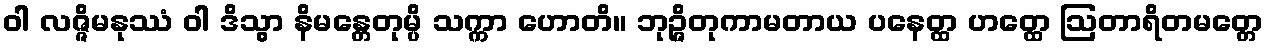
ဝါ လဇ္ဇိမနုဿံ ဝါ ဒိသွာ နိမန္တေတုမ္ပိ သက္ကာ ဟောတိ။ ဘုဉ္ဇိတုကာမတာယ ပနေတ္ထ ဟတ္ထေ ဩတာရိတမတ္တေ